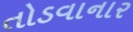
તોડવાનાર